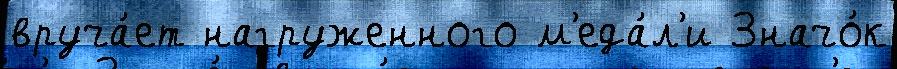
вруча́ет нагруженного м'еда́л'и Значо́к